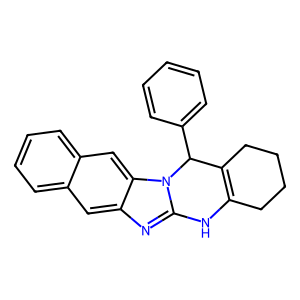
SMILES: c1ccc(C2C3=C(CCCC3)Nc3nc4cc5ccccc5cc4n32)cc1
Inhibits HIV replication: No